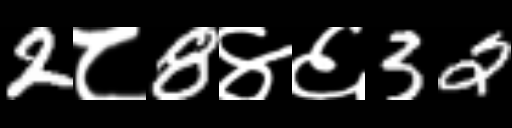
Text: 2८8४६32